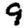
Digit: 9